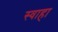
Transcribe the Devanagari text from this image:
स्‍वाहा